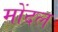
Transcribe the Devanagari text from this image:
मोंदल